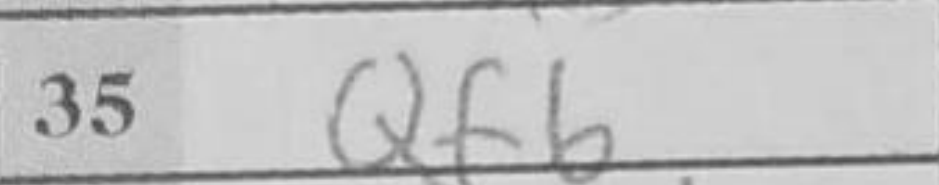
Transcription: Qf6